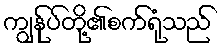
ကျွန်ုပ်တို့၏စက်ရုံသည်